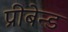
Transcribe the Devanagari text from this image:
प्रीबेन्ड